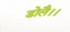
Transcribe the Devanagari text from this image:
डोलै।।